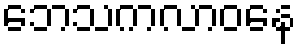
ဘေသကလာဝနေ